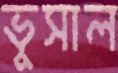
ভুসাল